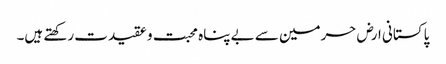
پاکستانی ارض حرمین سے بے پناہ محبت و عقیدت رکھتے ہیں۔